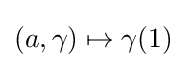
(a,\gamma )\mapsto \gamma (1)